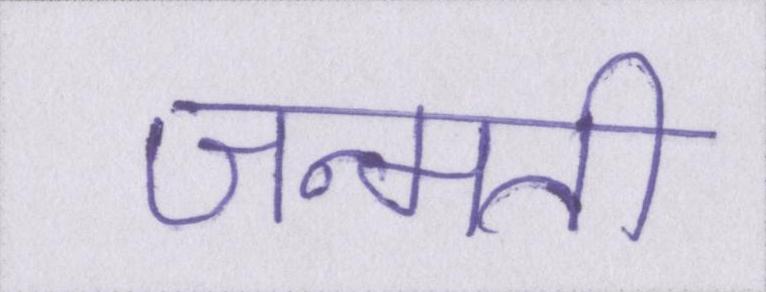
जन्मती